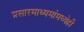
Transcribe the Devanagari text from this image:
प्रसारमाध्यमांमध्येही